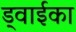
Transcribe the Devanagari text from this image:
ड्वाईका